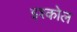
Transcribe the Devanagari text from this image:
इश्कोल